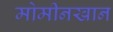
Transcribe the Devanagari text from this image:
मोमीनखान